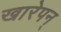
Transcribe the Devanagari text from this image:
खारेपन्